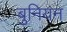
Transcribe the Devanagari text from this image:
बुनियन